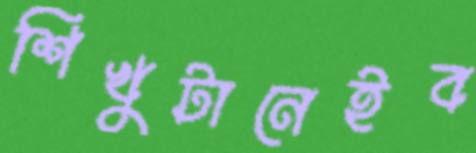
শিখুটানেইব